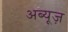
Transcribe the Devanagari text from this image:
अब्यूज़